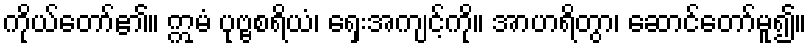
ကိုယ်တော်၏။ ဣမံ ပုဗ္ဗစရိယံ၊ ရှေးအကျင့်ကို။ အာဟရိတွာ၊ ဆောင်တော်မူ၍။